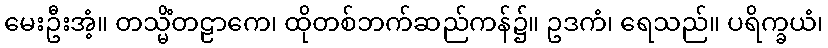
မေးဦးအံ့။ တသ္မိံတဠာကေ၊ ထိုတစ်ဘက်ဆည်ကန်၌။ ဥဒကံ၊ ရေသည်။ ပရိက္ခယံ၊